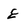
Character: E